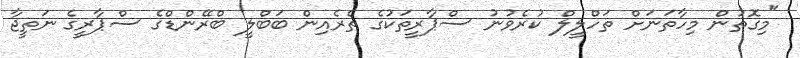
"މިގޮތުން މިހާތަނަށް ތަހްލީލް ކުރެވުނު ސްޕާރީތަކުގެ ތެރެއިން ބަބްލީ ބްރޭންޑްގެ ސްޕާރީގެ ނަތީޖާ